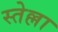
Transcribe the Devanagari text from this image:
स्तेल्ला